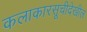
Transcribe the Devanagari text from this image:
कलाकारसूचीदेखील